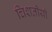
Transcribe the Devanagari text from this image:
चिशतीयाँ